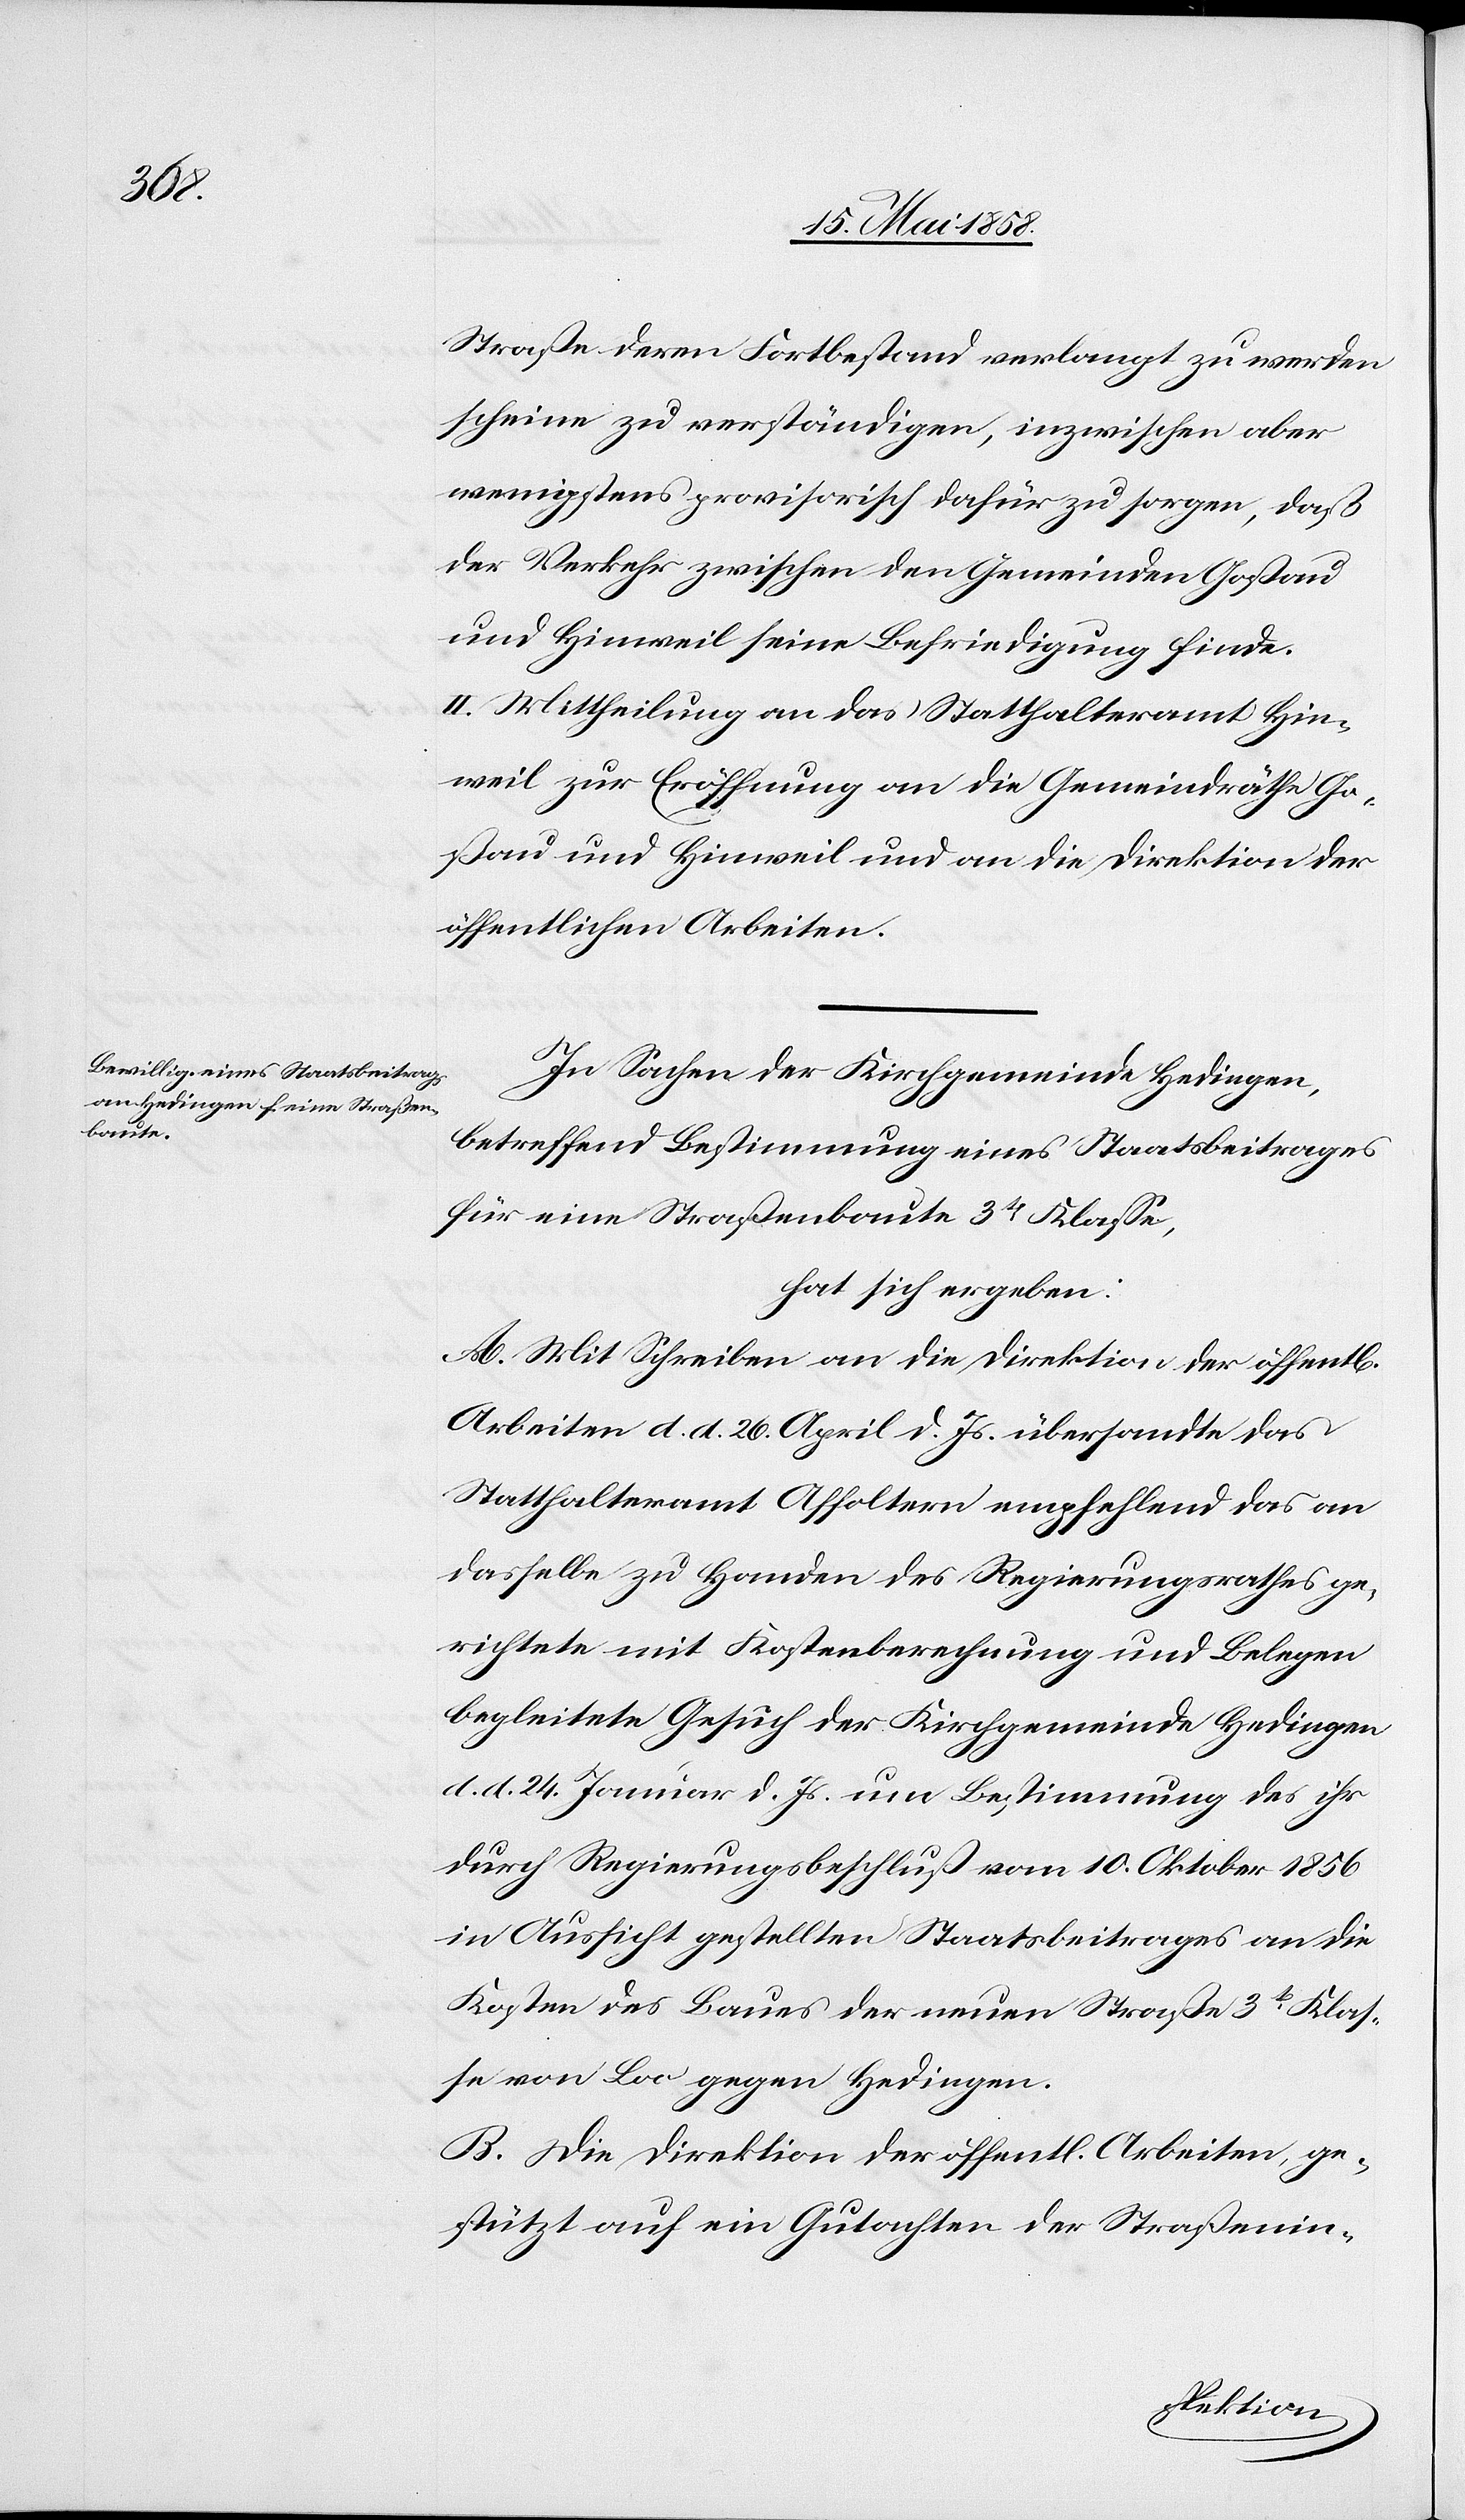
Straße deren Fortbestand verlangt zu werden
scheine zu verständigen, inzwischen aber
wenigstens provisorisch dafür zu sorgen, daß
der Verkehr zwischen den Gemeinden Goßau
und Hinweil seine Befriedigung finde.
II. Mittheilung an das Statthalteramt Hin¬
weil zur Eröffnung an die Gemeindräthe Go¬
ßau und Hinweil und an die Direktion der
öffentlichen Arbeiten.
In Sachen der Kirchgemeinde Hedingen,
betreffend Bestimmung eines Staatsbeitrages
für eine Straßenbaute 3ter Klasse,
hat sich ergeben:
A. Mit Schreiben an die Direktion der öffent[lichen]
Arbeiten d. d. 26. April d. Js. übersandte das
Statthalteramt Affoltern empfehlend das an
dasselbe zu Handen des Regierungsrathes ge¬
richtete mit Kostenberechnung und Belegen
begleitete Gesuch der Kirchgemeinde Hedingen
d. d. 24. Januar d. Js. um Bestimmung des ihr
durch Regierungsbeschluß vom 10. Oktober 1856
in Aussicht gestellten Staatsbeitrages an die
Kosten des Baues der neuen Straße 3t Klas¬
se von Loo gegen Hedingen.
B. Die Direktion der öffentl. Arbeiten, ge¬
stützt auf ein Gutachten der Straßenin-